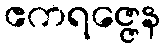
ဧကရဇ္ဇေန